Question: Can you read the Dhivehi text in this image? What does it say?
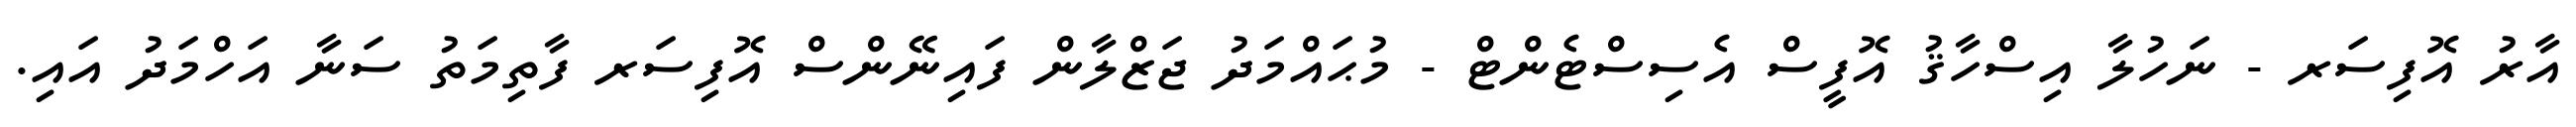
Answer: އާރު އޮފިސަރ - ނަހުލާ އިސްހާޤު އޮފީސް އެސިސްޓެންޓް - މުޙައްމަދު ޖަޒްލާން ފައިނޭންސް އޮފިސަރ ފާތިމަތު ސަނާ އަހްމަދު އައި.